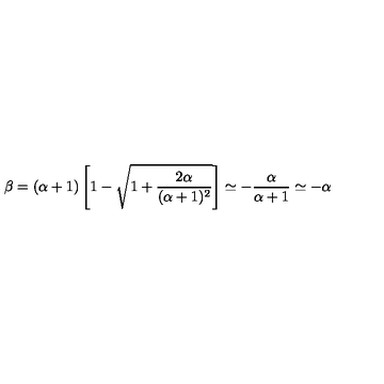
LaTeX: \beta = ( \alpha + 1 ) \left[ 1 - \sqrt { 1 + \frac { 2 \alpha } { ( \alpha + 1 ) ^ { 2 } } } \right] \simeq - \frac { \alpha } { \alpha + 1 } \simeq - \alpha